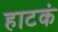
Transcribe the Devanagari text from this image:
हाटकं